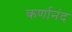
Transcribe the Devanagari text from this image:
कर्णानंद